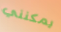
يمكنني